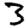
Digit: 3